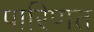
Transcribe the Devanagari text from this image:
पारिणत